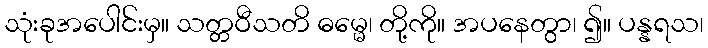
သုံးခုအပေါင်းမှ။ သတ္တဝီသတိ ဓမ္မေ၊ တို့ကို။ အပနေတွာ၊ ၍။ ပန္နရသ၊